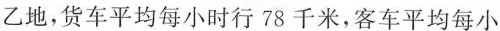
乙地，货车平均每小时行78千米，客车平均每小